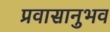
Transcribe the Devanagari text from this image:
प्रवासानुभव